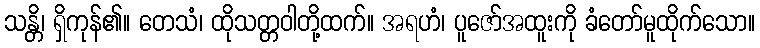
သန္တိ၊ ရှိကုန်၏။ တေသံ၊ ထိုသတ္တဝါတို့ထက်။ အရဟံ၊ ပူဇော်အထူးကို ခံတော်မူထိုက်သော။